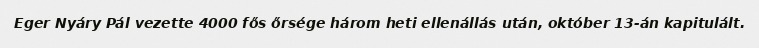
Eger Nyáry Pál vezette 4000 fős őrsége három heti ellenállás után, október 13-án kapitulált.